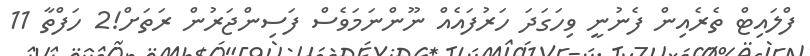
ފްލައިޓް ތެރެއިން ފެނުނީ ވިހަގަދަ ހަރުފައެއް ނޫންނަމަވެސް ފަސިންޖަރުން ރަތަށް!2 ހަފްތާ 11